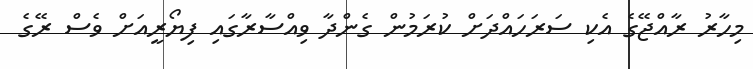
މިހާރު ރާއްޖޭގެ އެކި ސަރަހައްދަށް ކުރަމުން ގެންދާ ވިއްސާރާގައި ފިޔޯރީއަށް ވެސް ރޭގެ